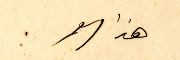
هذا العمر.